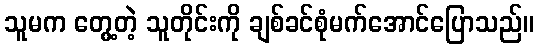
သူမက တွေ့တဲ့ သူတိုင်းကို ချစ်ခင်စုံမက်အောင်ပြောသည်။